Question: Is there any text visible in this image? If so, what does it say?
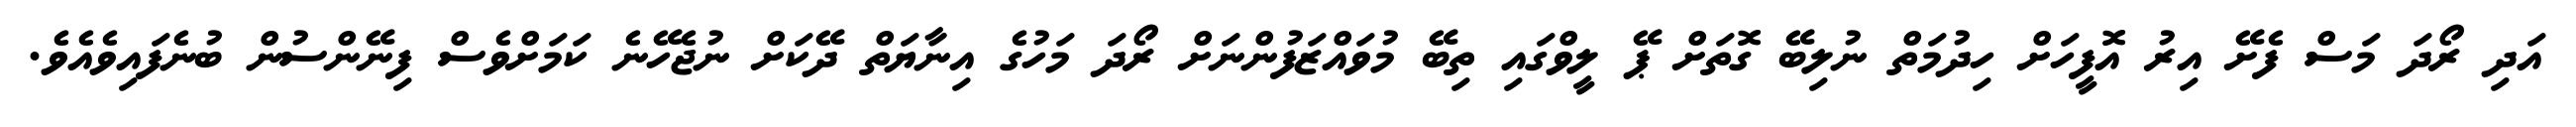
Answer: އަދި ރޯދަ މަސް ފެށޭ އިރު އޮފީހަށް ހިދުމަތް ނުލިބޭ ގޮތަށް ޕޭ ލީވްގައި ތިބޭ މުވައްޒަފުންނަށް ރޯދަ މަހުގެ އިނާޔަތް ދޭކަށް ނުޖެހޭނެ ކަމަށްވެސް ފިނޭންސުން ބުނެފައިވެއެވެ.